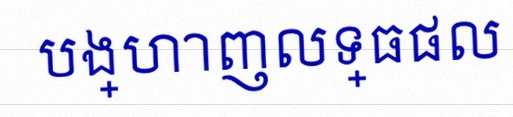
បង្ហាញលទ្ធផល